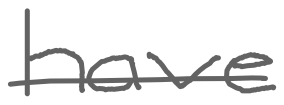
Text: have
Cross-out: single-line
Writing tool: digital_gray